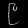
Digit: ၉